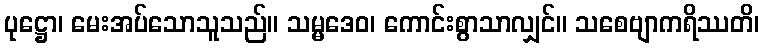
ပုဋ္ဌော၊ မေးအပ်သောသူသည်။ သမ္မဒေဝ၊ ကောင်းစွာသာလျှင်။ သစေဗျာကရိဿတိ၊